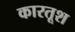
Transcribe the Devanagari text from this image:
कारतूश